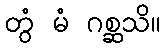
တွံ မံ ဂစ္ဆသိ။